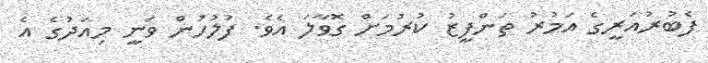
ފެބުރުއަރީގެ އަމުރު ތަންފީޒު ކުރުމަށް ގޮވާލަ އެވެ. ފުލުހުން ވަނީ މިއަދުގެ އެ